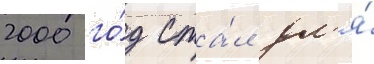
2000 го́д ста́л дл'я́